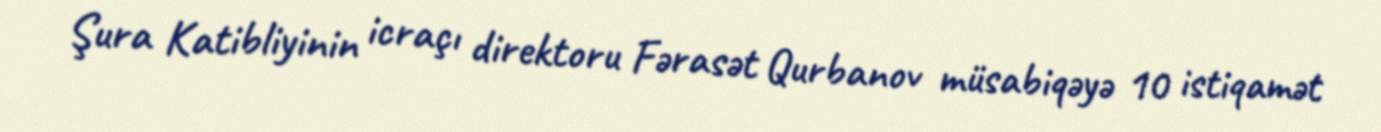
Şura Katibliyinin icraçı direktoru Fərasət Qurbanov müsabiqəyə 10 istiqamət